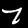
Label: 7